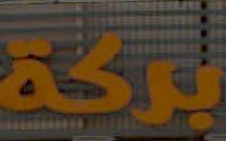
بركة